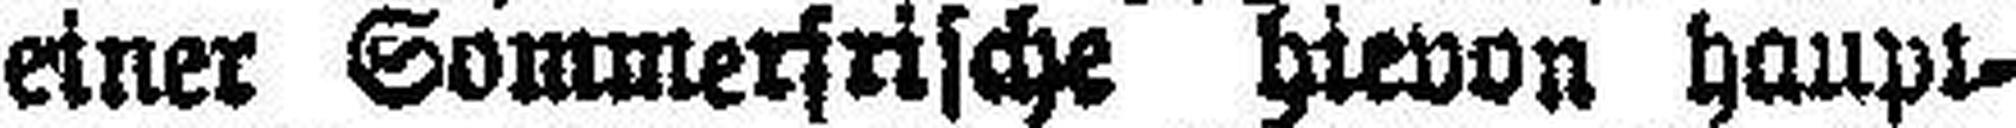
einer Sommerfrische hievon haupt¬